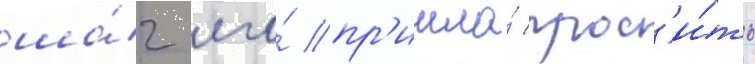
ша́г его́ пр'ишла́ прос'и́ть